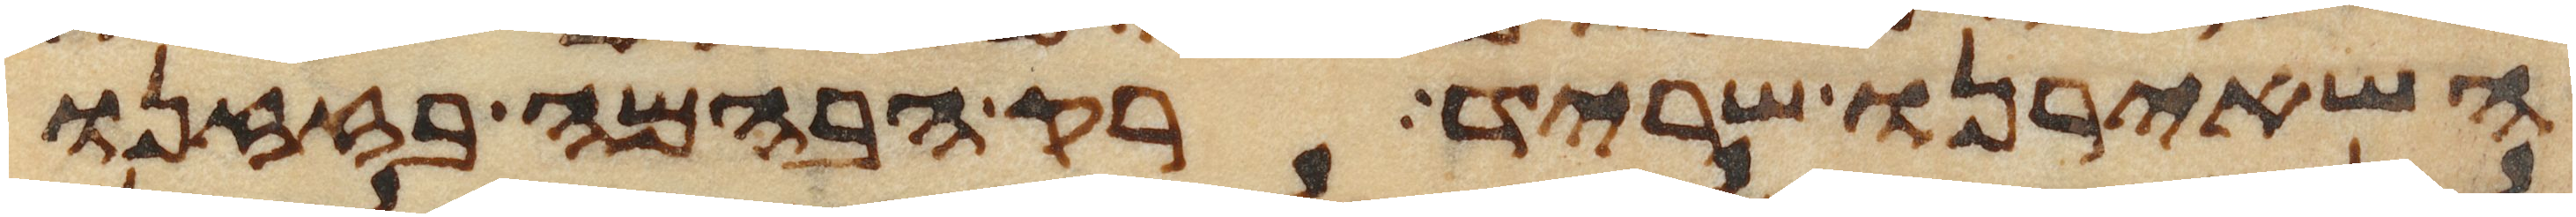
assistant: השאירנו שריד רק הבהמה בזזנו